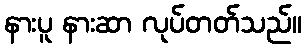
နားပူ နားဆာ လုပ်တတ်သည်။